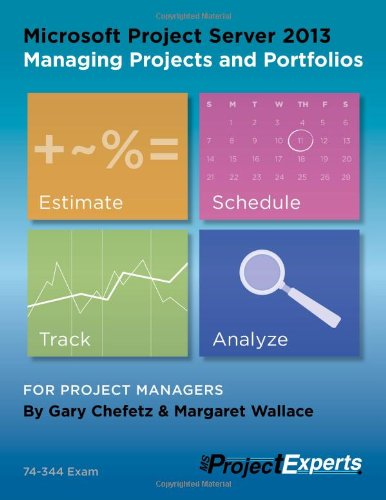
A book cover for Microsoft Project Server 2013 Managing Projects and Portfolios; Gary Chefetz; Computers & Technology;